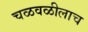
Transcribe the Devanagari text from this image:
चळवळीलाच